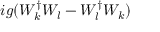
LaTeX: i g ( W _ { k } ^ { \dag } W _ { l } - W _ { l } ^ { \dag } W _ { k } )